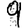
Digit: 9